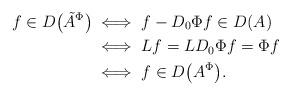
LaTeX: \begin{align*}f\in D\bigl(\tilde A^\Phi\bigr)&\iff f-D_0\Phi f\in D(A)\\&\iff Lf=LD_0\Phi f=\Phi f\\&\iff f\in D\bigl(A^\Phi\bigr).\end{align*}